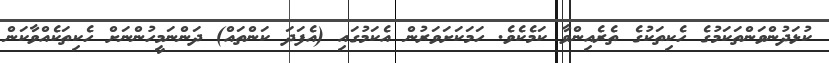
ކުޅަދުންވަންތަކަމުގެ ހެކިތަކުގެ ތެރެއިންވާ ކަމެކެވެ. ހަމަކަށަވަރުން އެކަމުގައި (އެފަދަ ކަންތައް) ދަންނަމީހުންނަށް ހެކިތަކެއްވާކަން